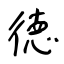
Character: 徳